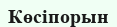
Көсіпорын